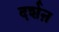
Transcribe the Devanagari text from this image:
दर्शऩ